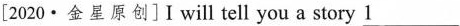
[2020·金星原创]I will tell you a story \underline{1}